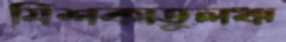
মিশকাতুলঋ